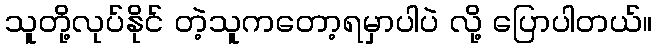
သူတို့လုပ်နိုင် တဲ့သူကတော့ရမှာပါပဲ လို့ ပြောပါတယ်။